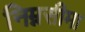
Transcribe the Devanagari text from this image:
निम्नसीमा